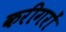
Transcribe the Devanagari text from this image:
करीगरों